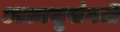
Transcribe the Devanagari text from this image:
आत्मसुसंगती